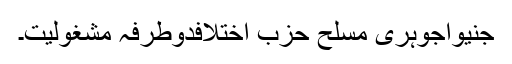
جنیواجوہری مسلح حزب اختلافدوطرفہ مشغولیت۔